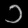
Digit: ၁